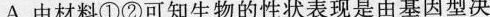
A.由材料①②可知生物的性状表现是由基因型决